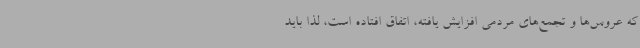
که عروس‌ها و تجمع‌های مردمی افزایش یافته، اتفاق افتاده است، لذا باید